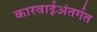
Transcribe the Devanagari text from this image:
कारवाईअंतर्गत